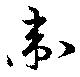
衛